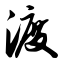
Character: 渡